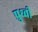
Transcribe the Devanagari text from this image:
प्रुथ्वी